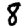
Digit: 8